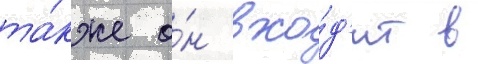
та́кже о́н вхо́д'ит в